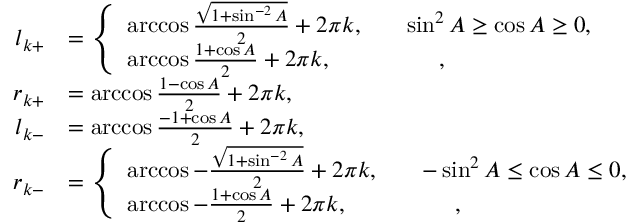
\begin{array} { r l } { l _ { k + } } & { = \left\{ \begin{array} { l l } { \operatorname { a r c c o s } \frac { \sqrt { 1 + \sin ^ { - 2 } A } } { 2 } + 2 \pi k , \quad } & { \sin ^ { 2 } A \geq \cos A \geq 0 , } \\ { \operatorname { a r c c o s } \frac { 1 + \cos A } { 2 } + 2 \pi k , \quad } & { \mathrm { и н а ч е } , } \end{array} \right. } \\ { r _ { k + } } & { = \operatorname { a r c c o s } \frac { 1 - \cos A } { 2 } + 2 \pi k , } \\ { l _ { k - } } & { = \operatorname { a r c c o s } \frac { - 1 + \cos A } { 2 } + 2 \pi k , } \\ { r _ { k - } } & { = \left\{ \begin{array} { l l } { \operatorname { a r c c o s } - \frac { \sqrt { 1 + \sin ^ { - 2 } A } } { 2 } + 2 \pi k , \quad } & { - \sin ^ { 2 } A \leq \cos A \leq 0 , } \\ { \operatorname { a r c c o s } - \frac { 1 + \cos A } { 2 } + 2 \pi k , \quad } & { \mathrm { и н а ч е } , } \end{array} \right. } \end{array}